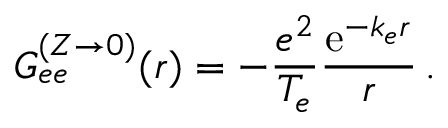
G _ { e e } ^ { ( Z \to 0 ) } ( \boldsymbol { r } ) = - \frac { e ^ { 2 } } { T _ { e } } \frac { \mathrm { e } ^ { - k _ { e } r } } { r } \, .